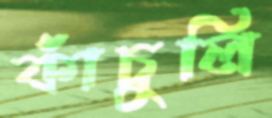
কাঁচুলি